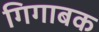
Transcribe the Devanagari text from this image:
गिगाबक